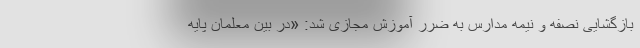
بازگشایی نصفه و نیمه مدارس به ضرر آموزش مجازی شد: «در بین معلمان پایه